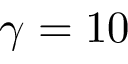
\gamma = 1 0